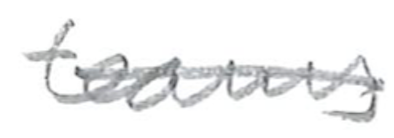
Text: teams
Cross-out: single-line
Writing tool: pencil